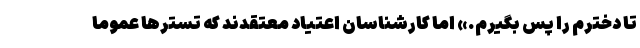
تا دخترم را پس بگیرم.» اما کارشناسان اعتیاد معتقدند که تسترها عموما